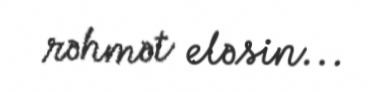
rəhmət eləsin...